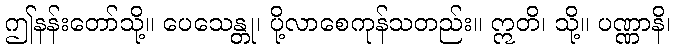
ဤနန်းတော်သို့။ ပေသေန္တု၊ ပို့လာစေကုန်သတည်း။ ဣတိ၊ သို့။ ပဏ္ဏာနိ၊